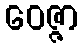
ဝေဇ္ဇာ